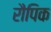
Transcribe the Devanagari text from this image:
रौपिक